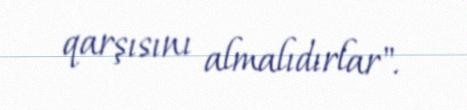
qarşısını almalıdırlar".